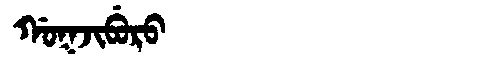
Manchu: ᡤᠣᡴᠵᡳᠪᡠᡵᠣ
Romanization: GOKJIBURO